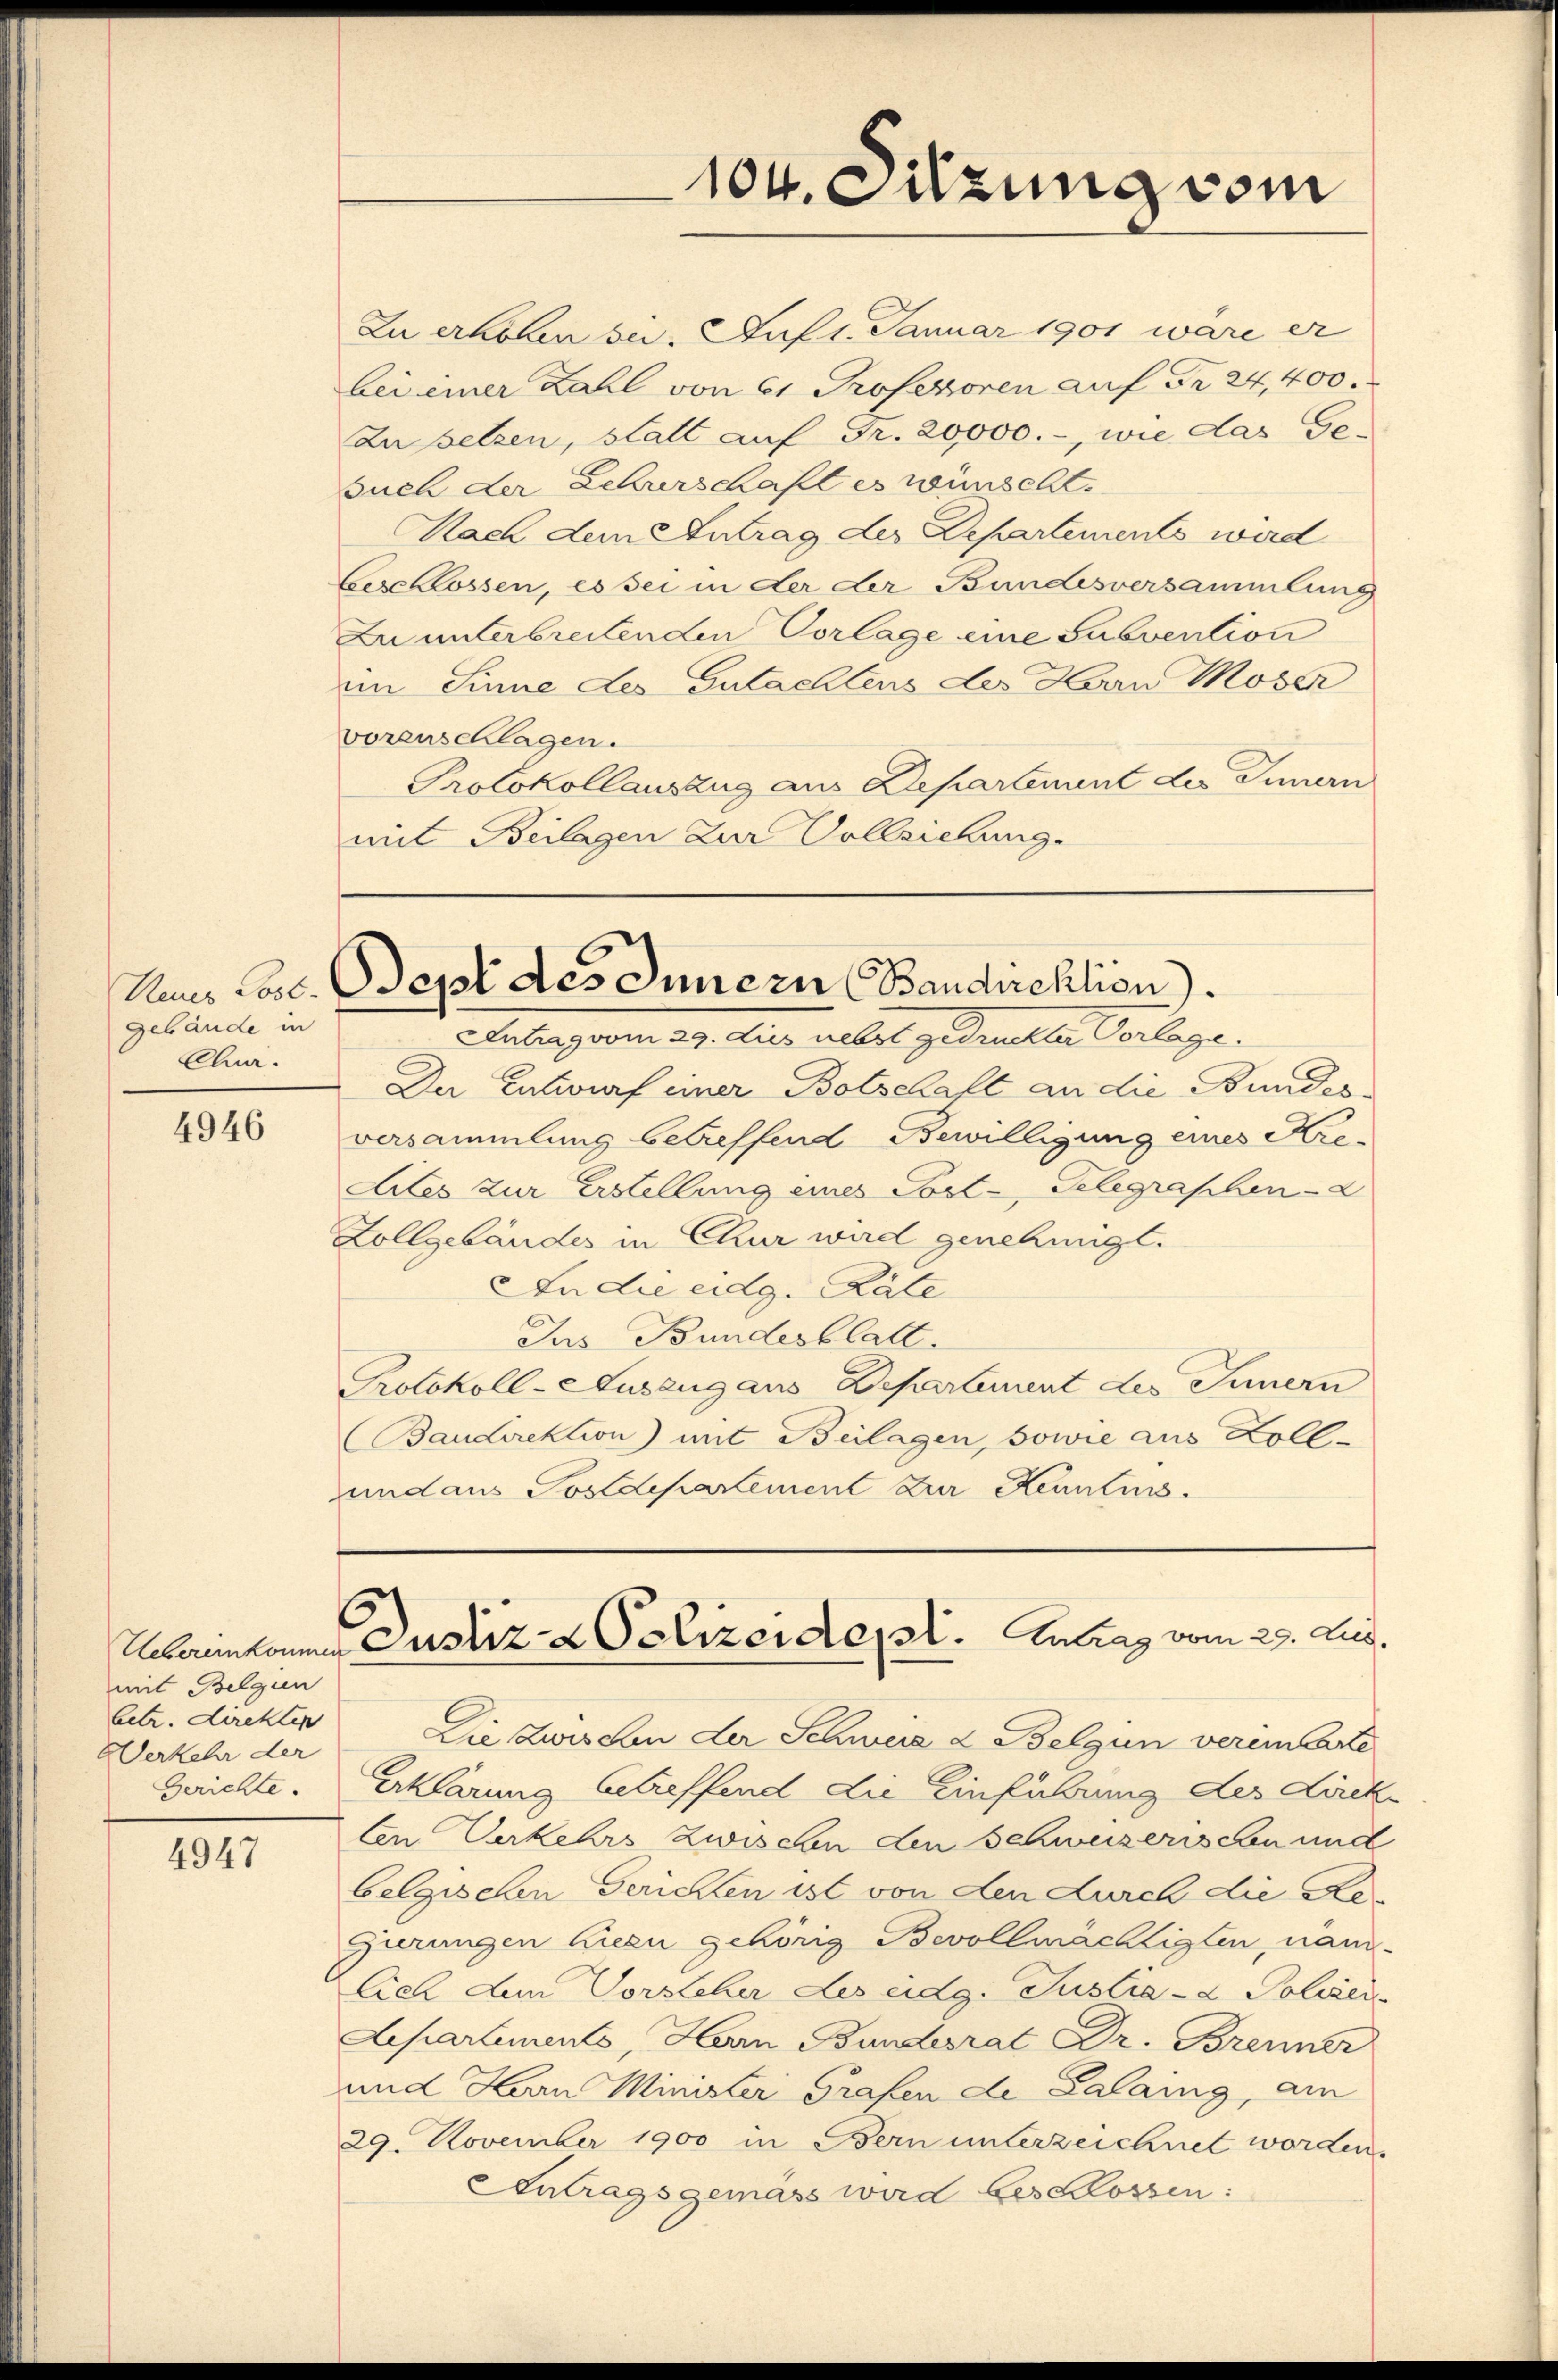
Gebäude in
Clua.

4946

mit Belgien
betr. direkten
Verkehr der
Gerichte.

4947

Zu erken sei. Auf 1. Januar 1901 wäre er
bei einer Zahl von 61 Professoren auf Fr. 24,400.
Zu setzen, statt auf Fr. 20,000.-, wie das Ge-
such der Lehrerschaft es wünscht.
Nach dem Antrag der Departements wird
beschlossen, es sei in der der Bundesversammlung
Zu unterbreitenden Vorlage eine Subvention
im Sinne des Gutachtens der Herrn Moser
vorenschlagen.
Protokollauszug aus Departement des Innern
mit Beilagen zur Vollziehung.

6

104. Sitzung vom

Aus Lose. Sept des Innern Bandirektion.

Intrag vom 29. dies nebst gedruckter Vorlage.
Der Entwurf einer Botschaft an die Bundesversammlung betreffend Bewilligung eines Kre¬
Aites zur Erstellung eines Post- Gelegraphen-
Zollgebäudes in Chur wird genehmigt.
An die eidg. Pale
Ius Bundesblatt.
Protokoll-Auszug aus Departement des Innern
Baudirektion) mit Beilagen, sowie aus Zollundaus Postdepartement zur Kenntnis.

Die Zwischen der Schwere & Belgin verei Carte
Erklärung betreffend die Einführung des Direk-
len Verkehrs zwischen den Schweizerischen und
belgischen Gerichten ist von den Durch die Begierungen hiezu gehörig Bevollmächtigten, näm-
Ciel dem Vorsteher Les eidg. Justiz- & Polizei
Lepartements, Herrn Bundesrat Dr. Brenner
und Han Minister Grafen de Calang, am
29. November 1900 in Bern unterzeichnet worden.
Eintragsgemäss wird bes Klossen:

Uebereinkommer Justiz- & Polizeident. Antrag vom 29. Aug.